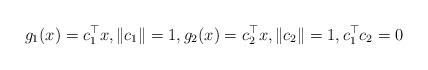
LaTeX: \begin{align*}g_1(x) = c_1^\top x,\|c_1\| = 1, g_2(x) = c_2^\top x,\|c_2\| = 1, c_1^\top c_2=0\end{align*}